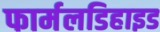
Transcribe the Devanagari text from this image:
फार्मलडिहाइड